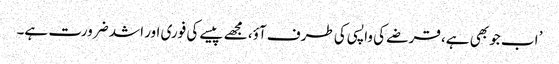
’ اب جو بھی ہے، قرضے کی واپسی کی طرف آؤ، مجھے پیسے کی فوری اور اشد ضرورت ہے۔